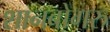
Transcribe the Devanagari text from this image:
शानबोगरु